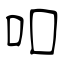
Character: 吅